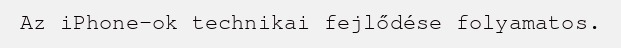
Az iPhone-ok technikai fejlődése folyamatos.